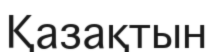
Қазақтын